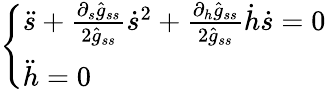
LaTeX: \left\{ \begin{array}{l}{\ddot{s}+\frac{\partial_{s}\hat{g}_{ss}}{2\hat{g}_{ss}}\dot{s}^{2}+\frac{\partial_{h}\hat{g}_{ss}}{2\hat{g}_{ss}}\dot{h}\dot{s}=0}\\ {\ddot{h}=0}\end{array}\right.